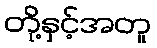
တို့နှင့်အတူ